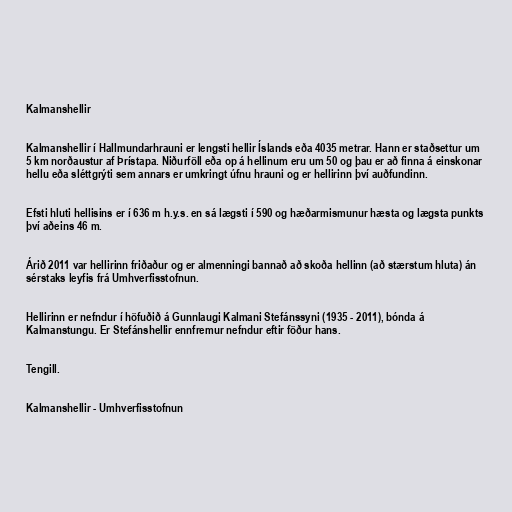
Kalmanshellir

Kalmanshellir í Hallmundarhrauni er lengsti hellir Íslands eða 4035 metrar. Hann er staðsettur um
5 km norðaustur af Þrístapa. Niðurföll eða op á hellinum eru um 50 og þau er að finna á einskonar
hellu eða sléttgrýti sem annars er umkringt úfnu hrauni og er hellirinn því auðfundinn.

Efsti hluti hellisins er í 636 m h.y.s. en sá lægsti í 590 og hæðarmismunur hæsta og lægsta punkts
því aðeins 46 m.

Árið 2011 var hellirinn friðaður og er almenningi bannað að skoða hellinn (að stærstum hluta) án
sérstaks leyfis frá Umhverfisstofnun.

Hellirinn er nefndur í höfuðið á Gunnlaugi Kalmani Stefánssyni (1935 - 2011), bónda á
Kalmanstungu. Er Stefánshellir ennfremur nefndur eftir föður hans.

Tengill.

Kalmanshellir - Umhverfisstofnun